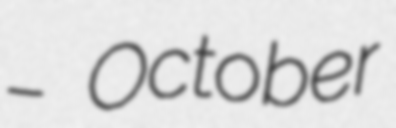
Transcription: – October